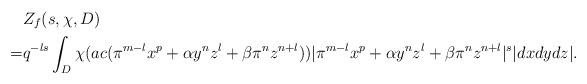
LaTeX: \begin{align*}&Z_f(s, \chi, D)\\=& q^{-ls}\int_D\chi(ac (\pi^{m-l}x^p+\alpha y^nz^l+\beta\pi^nz^{n+l}))|\pi^{m-l}x^p+\alpha y^nz^l+\beta\pi^nz^{n+l}|^s|dxdydz|.\end{align*}